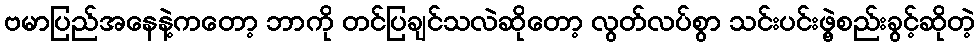
ဗမာပြည်အနေနဲ့ကတော့ ဘာကို တင်ပြချင်သလဲဆိုတော့ လွတ်လပ်စွာ သင်းပင်းဖွဲ့စည်းခွင့်ဆိုတဲ့